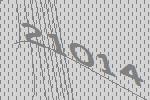
21014